Civil Veterinary Department Bengal reports 1933-51 - 1933-1951
Year: 1933
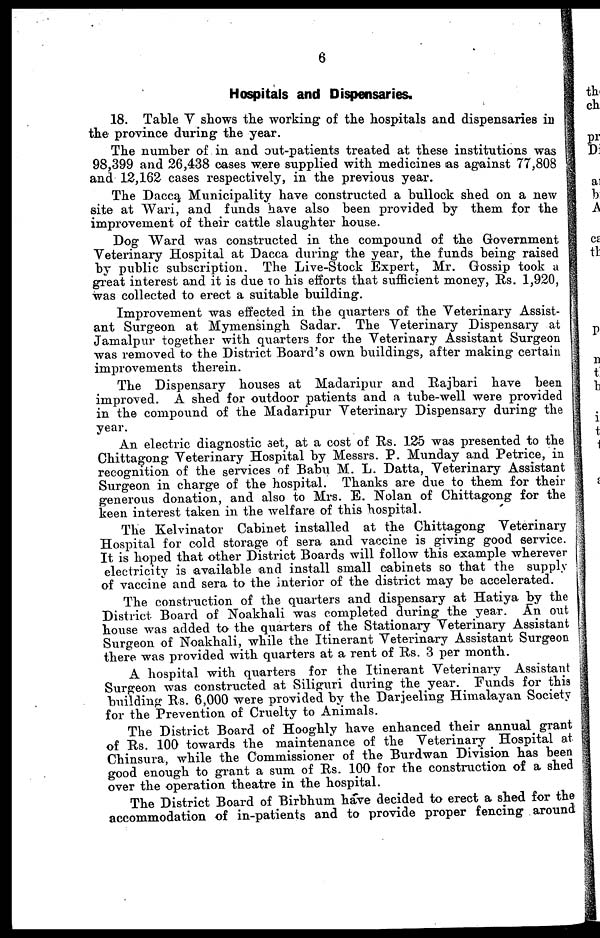
6
Hospitals and Dispensaries.
18. Table V shows the working of the hospitals and dispensaries in
the province during the year.
The number of in and out-patients treated at these institutions was
98,399 and 26,438 cases were supplied with medicines as against 77,808
and 12,162 cases respectively, in the previous year.
The Dacca Municipality have constructed a bullock shed on a new
site at Wari, and funds have also been provided by them for the
improvement of their cattle slaughter house.
Dog Ward was constructed in the compound of the Government
Veterinary Hospital at Dacca during the year, the funds being raised
by public subscription. The Live-Stock Expert, Mr. Gossip took a
great interest and it is due TO his efforts that sufficient money, Rs. 1,920,
was collected to erect a suitable building.
Improvement was effected in the quarters of the Veterinary Assist-
ant Surgeon at Mymensingh Sadar. The Veterinary Dispensary at
Jamalpur together with quarters for the Veterinary Assistant Surgeon
was removed to the District Board's own buildings, after making certain
improvements therein.
The Dispensary houses at Madaripur and Rajbari have been
improved. A shed for outdoor patients and a tube-well were provided
in the compound of the Madaripur Veterinary Dispensary during the
year.
An electric diagnostic 3et, at a cost of Rs. 125 was presented to the
Chittagong Veterinary Hospital by Messrs. P. Munday and Petrice, in
recognition of the services of Babu M. L. Datta, Veterinary Assistant
Surgeon in charge of the hospital. Thanks are due to them for their
generous donation, and also to Mrs. E. Nolan of Chittagong for the
keen interest taken in the welfare of this hospital.
The Kelvinator Cabinet installed at the Chittagong Veterinary
Hospital for cold storage of sera and vaccine is giving good service.
It is hoped that other District Boards will follow this example wherever
electricity is available and install small cabinets so that the supply
of vaccine and sera to the interior of the district may be accelerated.
The construction of the quarters and dispensary at Hatiya by the
District Board of Noakhali was completed during the year. An out
house was added to the quarters of the Stationary Veterinary Assistant
Surgeon of Noakhali, while the Itinerant Veterinary Assistant Surgeon
there was provided with quarters at a rent of Rs. 3 per month.
A hospital with quarters for the Itinerant Veterinary Assistant
Surgeon was constructed at Siliguri during the year. Funds for this
building Rs. 6,000 were provided by the Darjeeling Himalayan Society
for the Prevention of Cruelty to Animals.
The District Board of Hooghly have enhanced their annual grant
of Rs. 100 towards the maintenance of the Veterinary Hospital at
Chinsura, while the Commissioner of the Burdwan Division has been
good enough to grant a sum of Rs. 100 for the construction of a shed
over the operation theatre in the hospital.
The District Board of Birbhum have decided to erect a shed for the
accommodation of in-patients and to provide proper fencing around